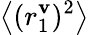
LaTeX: \left<(r_{1}^{\mathbf{v}})^{2}\right>